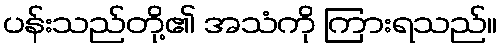
ပန်းသည်တို့၏ အသံကို ကြားရသည်။